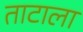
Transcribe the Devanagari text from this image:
ताटाला